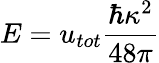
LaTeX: E={u_{tot}}\frac{\hbar\kappa^{2}}{48\pi}